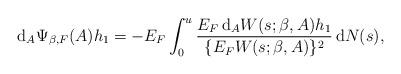
LaTeX: \begin{align*}\mathrm{d}_A\Psi_{\beta,F}(A)h_1 =-E_{F}\int_0^u\frac{E_{F} \,\mathrm{d}_AW(s;\beta,A)h_1 }{\{E_{F} W(s;\beta,A)\}^2 }\,\mathrm{d}N(s),\end{align*}